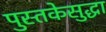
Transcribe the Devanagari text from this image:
पुस्तकेसुद्धा